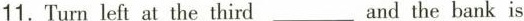
11.Turn left at the third ___ and the bank is